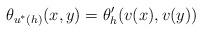
LaTeX: \begin{align*} \theta_{u^*(h)}(x,y) = \theta'_h(v(x),v(y)) \end{align*}